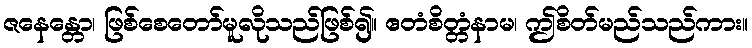
ဇနေန္တော၊ ဖြစ်စေတော်မူလိုသည်ဖြစ်၍။ ဧတံစိတ္တံနာမ၊ ဤစိတ်မည်သည်ကား။